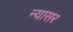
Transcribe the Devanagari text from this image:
न्यासर